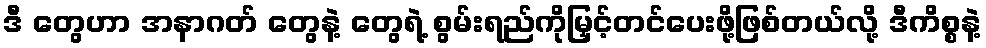
ဒီ တွေဟာ အနာဂတ် တွေနဲ့ တွေရဲ့ စွမ်းရည်ကိုမြှင့်တင်ပေးဖို့ဖြစ်တယ်လို့ ဒီကိစ္စနဲ့